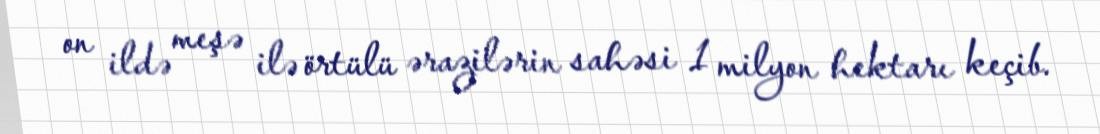
on ildə meşə ilə örtülü ərazilərin sahəsi 1 milyon hektarı keçib.